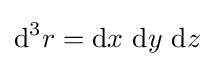
\mathrm {d} ^{3}r=\mathrm {d} x\ \mathrm {d} y\ \mathrm {d} z